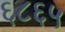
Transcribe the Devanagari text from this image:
६८६५